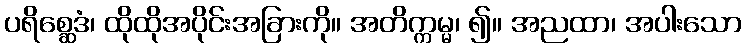
ပရိစ္ဆေဒံ၊ ထိုထိုအပိုင်းအခြားကို။ အတိက္ကမ္မ၊ ၍။ အညထာ၊ အပါးသော